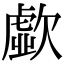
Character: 歔